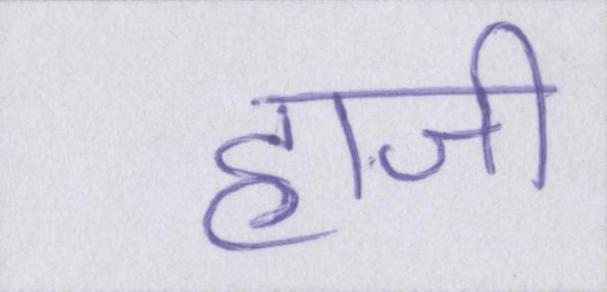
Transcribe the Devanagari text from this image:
हाजी